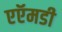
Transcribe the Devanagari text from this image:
एऍमडी